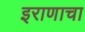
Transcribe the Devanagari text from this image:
इराणाचा